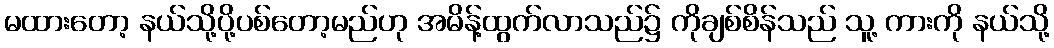
မထားတော့ နယ်သို့ပို့ပစ်တော့မည်ဟု အမိန့်ထွက်လာသည်၌ ကိုချစ်စိန်သည် သူ့ ကားကို နယ်သို့